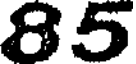
85